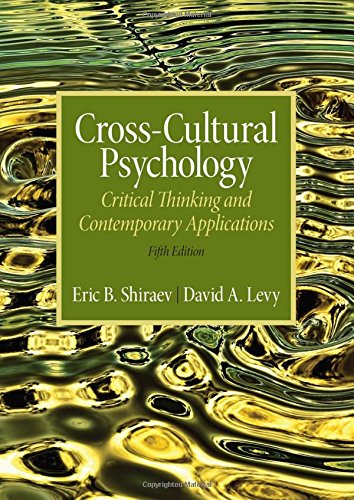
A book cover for Cross-Cultural Psychology: Critical Thinking and Contemporary Applications, Fifth Edition; Eric B. Shiraev; Medical Books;